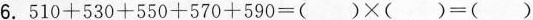
6.$$5 1 0 + 5 3 0 + 5 5 0 + 5 7 0 + 5 9 0 = ( ) \times ( ) = ( )$$